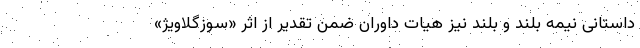
داستانی نیمه بلند و بلند نیز هیات داوران ضمن تقدیر از اثر «سوزگلاویژ»